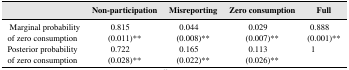
|  | Non‐participation | Misreporting | Zero consumption | Full |
 | --- | --- | --- | --- | --- |
 | Marginal probability | 0.815 | 0.044 | 0.029 | 0.888 |
 | of zero consumption | (0.011)** | (0.008)** | (0.007)** | (0.001)** |
 | Posterior probability | 0.722 | 0.165 | 0.113 | 1 |
 | of zero consumption | (0.028)** | (0.022)** | (0.026)** |  |